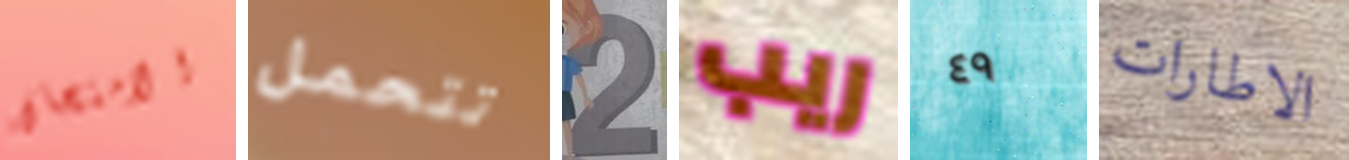
الامتحان تتحمل 2 ريب ٤٩ الاطارات